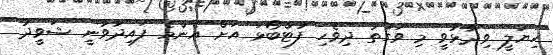
ހިޔަލީ ވިދާޅުވީ މި ވަގުުތު ދިވެހި ފުޓްބޯޅަ އަށް އެންމެ ފައިދާވާނީ ޝަވީދު